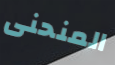
المنحنى